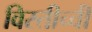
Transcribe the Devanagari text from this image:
विस्तीच्ची